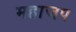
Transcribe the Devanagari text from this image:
महाजप